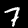
Label: 7